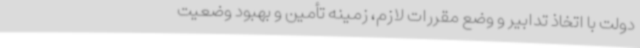
دولت با اتخاذ تدابیر و وضع مقررات لازم، زمینه تأمین و بهبود وضعیت